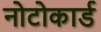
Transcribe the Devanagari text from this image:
नोटोकार्ड